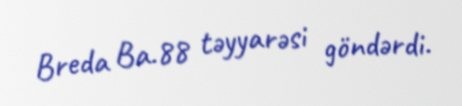
Breda Ba.88 təyyarəsi göndərdi.